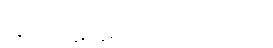
အံသကိုဋ်လှူရကျိုး သုံးပါးဂါထာ။